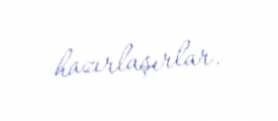
hazırlaşırlar.